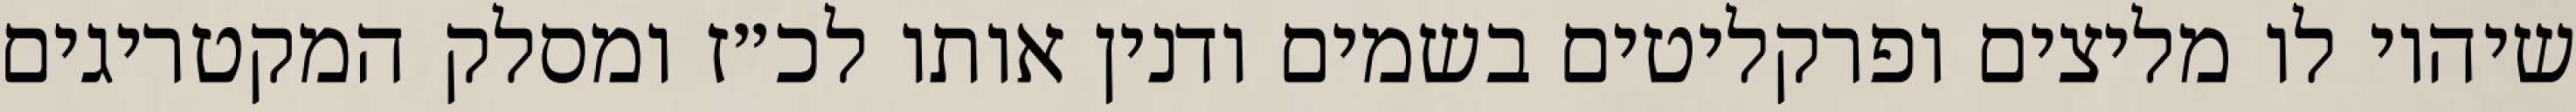
שיהיו לו מליצים ופרקליטים בשמים ודנין אותו לכ״ז ומסלק המקטריגים